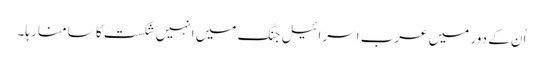
اُن کے دور میں عرب اسرائیل جنگ میں انہیں شکست کا سامنا رہا۔